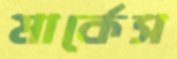
মার্কেস